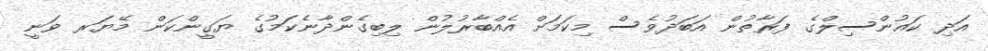
އަދި ކައުންސިލްގެ ފަރާތުން އަބަދުވެސް މިކަމަށް އެއްބާރުލުން ލިބިގެންދާނެކަމުގެ ޔަގީންކަން މޭޔަރ ވަނީ